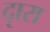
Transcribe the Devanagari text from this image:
दृारा